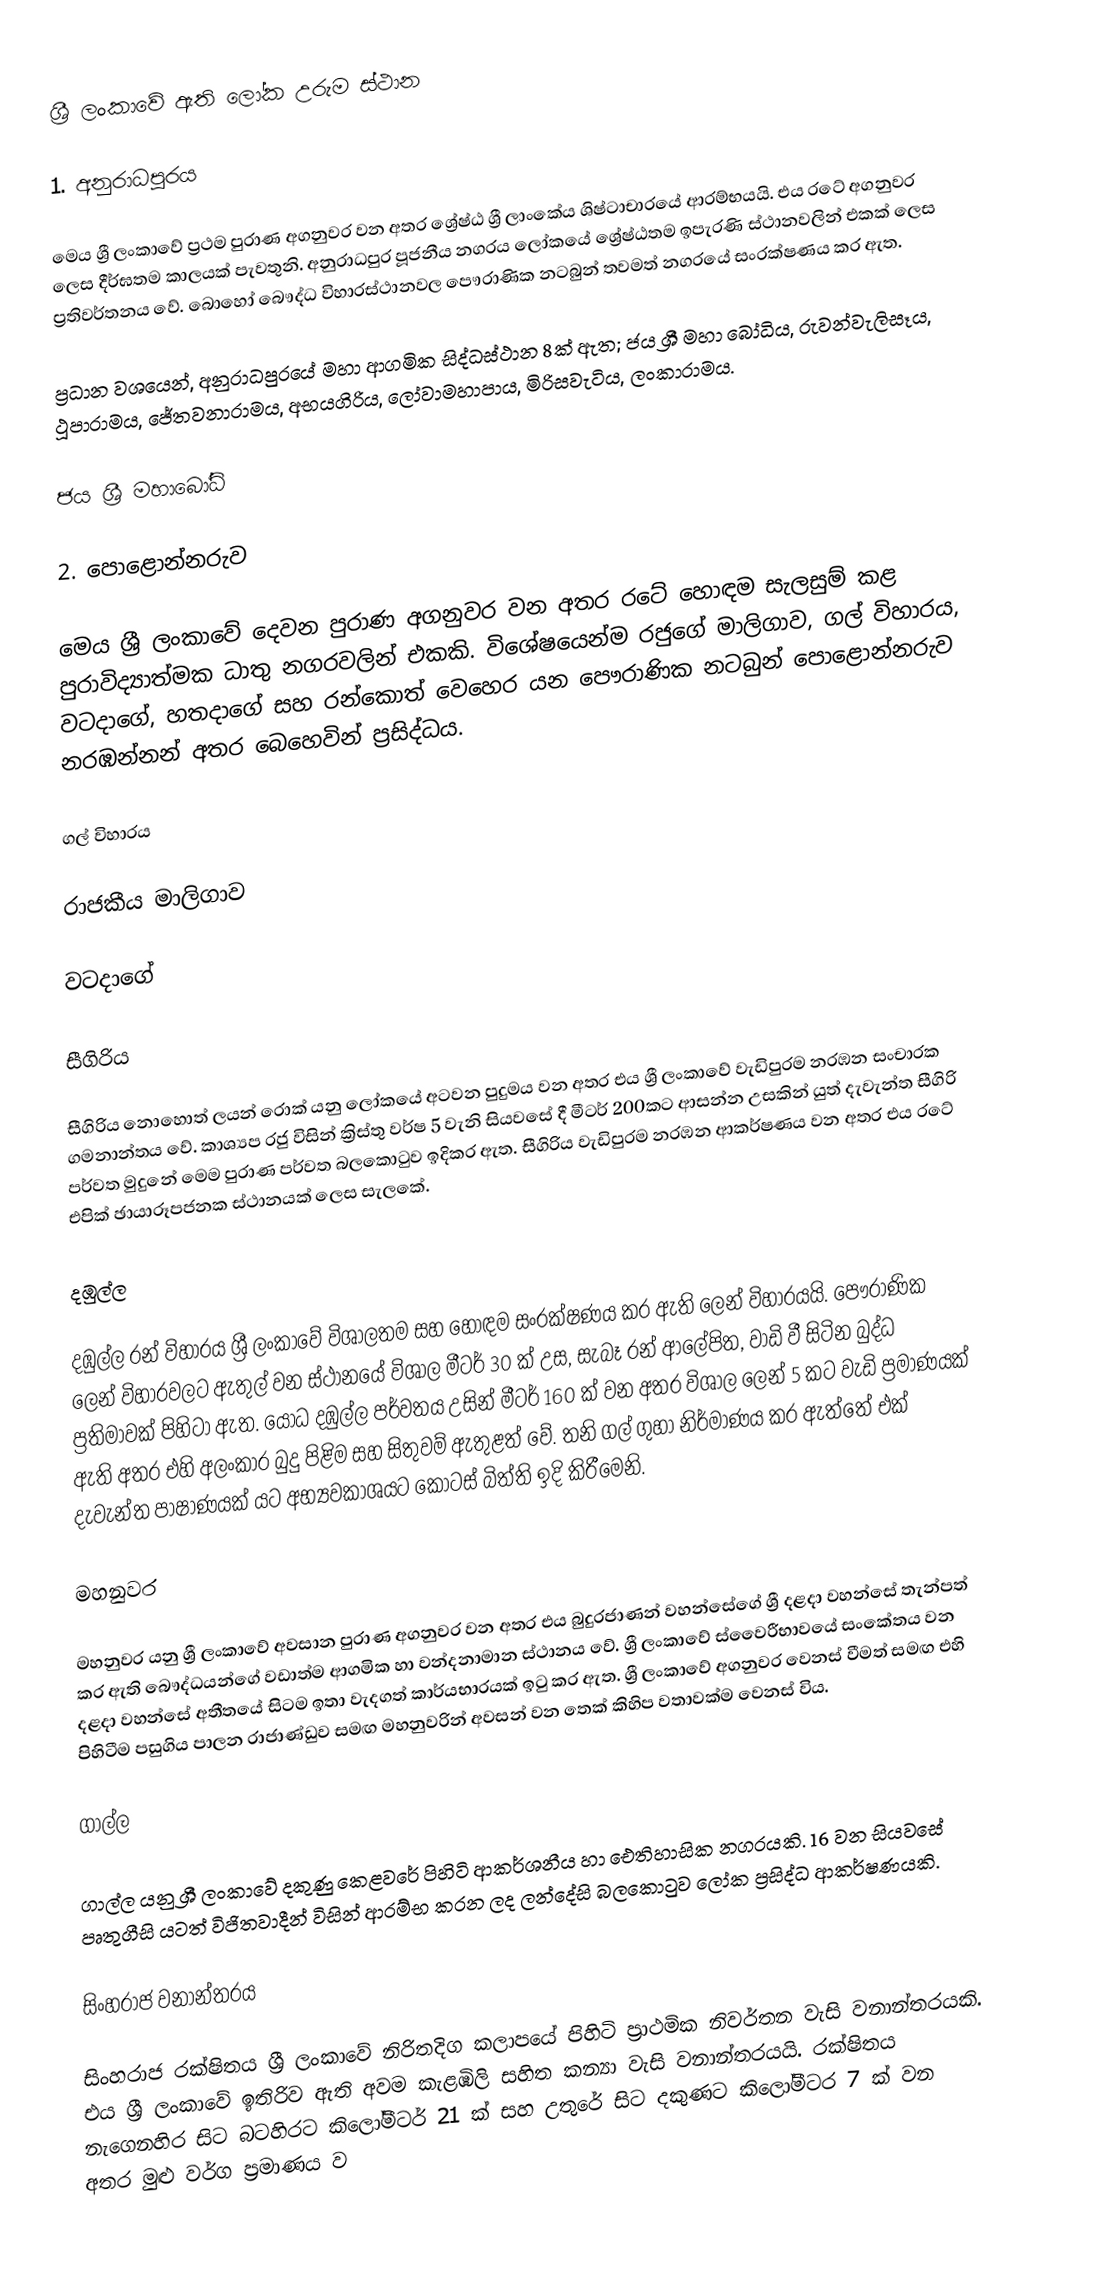
ශ්‍රී ලංකාවේ ඇති ලෝක උරුම ස්ථාන

1. අනුරාධපුරය

මෙය ශ්‍රී ලංකාවේ ප්‍රථම පුරාණ අගනුවර වන අතර ශ්‍රේෂ්ඨ ශ්‍රී ලාංකේය ශිෂ්ටාචාරයේ ආරම්භයයි. එය රටේ අගනුවර ලෙස දීර්ඝතම කාලයක් පැවතුනි. අනුරාධපුර පූජනීය නගරය ලෝකයේ ශ්‍රේෂ්ඨතම ඉපැරණි ස්ථානවලින් එකක් ලෙස ප්‍රතිවර්තනය වේ. බොහෝ බෞද්ධ විහාරස්ථානවල පෞරාණික නටබුන් තවමත් නගරයේ සංරක්ෂණය කර ඇත.

ප්‍රධාන වශයෙන්, අනුරාධපුරයේ මහා ආගමික සිද්ධස්ථාන 8ක් ඇත; ජය ශ්‍රී මහා බෝධිය, රුවන්වැලිසෑය, ථූපාරාමය, ජේතවනාරාමය, අභයගිරිය, ලෝවාමහාපාය, මිරිසවැටිය, ලංකාරාමය.

ජය ශ්‍රී මහාබෝධි

2. පොළොන්නරුව

මෙය ශ්‍රී ලංකාවේ දෙවන පුරාණ අගනුවර වන අතර රටේ හොඳම සැලසුම් කළ පුරාවිද්‍යාත්මක ධාතු නගරවලින් එකකි. විශේෂයෙන්ම රජුගේ මාලිගාව, ගල් විහාරය, වටදාගේ, හතදාගේ සහ රන්කොත් වෙහෙර යන පෞරාණික නටබුන් පොළොන්නරුව නරඹන්නන් අතර බෙහෙවින් ප්‍රසිද්ධය.

ගල් විහාරය

රාජකීය මාලිගාව

වටදාගේ

  සීගිරිය

සීගිරිය නොහොත් ලයන් රොක් යනු ලෝකයේ අටවන පුදුමය වන අතර එය ශ්‍රී ලංකාවේ වැඩිපුරම නරඹන සංචාරක ගමනාන්තය වේ. කාශ්‍යප රජු විසින් ක්‍රිස්තු වර්ෂ 5 වැනි සියවසේ දී මීටර් 200කට ආසන්න උසකින් යුත් දැවැන්ත සීගිරි පර්වත මුදුනේ මෙම පුරාණ පර්වත බලකොටුව ඉදිකර ඇත. සීගිරිය වැඩිපුරම නරඹන ආකර්ෂණය වන අතර එය රටේ එපික් ඡායාරූපජනක ස්ථානයක් ලෙස සැලකේ.

  දඹුල්ල

දඹුල්ල රන් විහාරය ශ්‍රී ලංකාවේ විශාලතම සහ හොඳම සංරක්ෂණය කර ඇති ලෙන් විහාරයයි. පෞරාණික ලෙන් විහාරවලට ඇතුල් වන ස්ථානයේ විශාල මීටර් 30 ක් උස, සැබෑ රන් ආලේපිත, වාඩි වී සිටින බුද්ධ ප්‍රතිමාවක් පිහිටා ඇත. යෝධ දඹුල්ල පර්වතය උසින් මීටර් 160 ක් වන අතර විශාල ලෙන් 5 කට වැඩි ප්‍රමාණයක් ඇති අතර එහි අලංකාර බුදු පිළිම සහ සිතුවම් ඇතුළත් වේ. තනි ගල් ගුහා නිර්මාණය කර ඇත්තේ එක් දැවැන්ත පාෂාණයක් යට අභ්‍යවකාශයට කොටස් බිත්ති ඉදි කිරීමෙනි.

  මහනුවර

මහනුවර යනු ශ්‍රී ලංකාවේ අවසාන පුරාණ අගනුවර වන අතර එය බුදුරජාණන් වහන්සේගේ ශ්‍රී දළදා වහන්සේ තැන්පත් කර ඇති බෞද්ධයන්ගේ වඩාත්ම ආගමික හා වන්දනාමාන ස්ථානය වේ. ශ්‍රී ලංකාවේ ස්වෛරීභාවයේ සංකේතය වන දළදා වහන්සේ අතීතයේ සිටම ඉතා වැදගත් කාර්යභාරයක් ඉටු කර ඇත. ශ්‍රී ලංකාවේ අගනුවර වෙනස් වීමත් සමඟ එහි පිහිටීම පසුගිය පාලන රාජාණ්ඩුව සමඟ මහනුවරින් අවසන් වන තෙක් කිහිප වතාවක්ම වෙනස් විය.

  ගාල්ල

ගාල්ල යනු ශ්‍රී ලංකාවේ දකුණු කෙළවරේ පිහිටි ආකර්ශනීය හා ඓතිහාසික නගරයකි. 16 වන සියවසේ පෘතුගීසි යටත් විජිතවාදීන් විසින් ආරම්භ කරන ලද ලන්දේසි බලකොටුව ලෝක ප්‍රසිද්ධ ආකර්ෂණයකි.

සිංහරාජ වනාන්තරය

සිංහරාජ රක්ෂිතය ශ්‍රී ලංකාවේ නිරිතදිග කලාපයේ පිහිටි ප්‍රාථමික නිවර්තන වැසි වනාන්තරයකි. එය ශ්‍රී ලංකාවේ ඉතිරිව ඇති අවම කැළඹිලි සහිත කන්‍යා වැසි වනාන්තරයයි. රක්ෂිතය නැගෙනහිර සිට බටහිරට කිලෝමීටර් 21 ක් සහ උතුරේ සිට දකුණට කිලෝමීටර 7 ක් වන අතර මුළු වර්ග ප්‍රමාණය ව